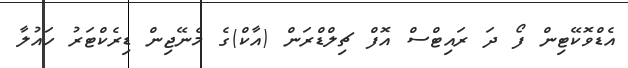
އެޑްވޮކޭޓިން ފޯ ދަ ރައިޓްސް އޮފް ޗިލްޑްރަން (އާކް)ގެ މެނޭޖިން ޑިރެކްޓަރު ހައުލާ